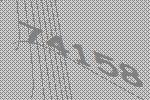
74158